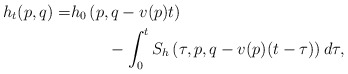
\begin{align*}h_t(p,q) = & h_0\left(p, q - v(p)t\right) \\& \;\;\;\;\;\;\;\;- \int_0^t S_h\left(\tau,p, q - v(p)(t-\tau)\right)d\tau ,\end{align*}